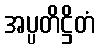
အပ္ပတိဋ္ဌိတံ